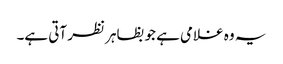
یہ وہ غلامی ہے جو بظاہر نظر آتی ہے۔